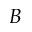
B